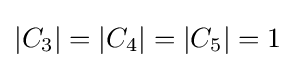
|C_{3}|=|C_{4}|=|C_{5}|=1